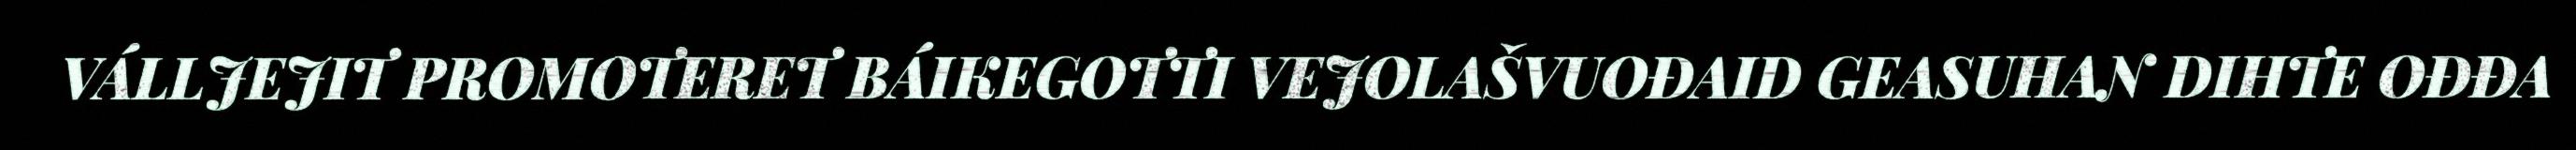
VÁLLJEJIT PROMOTERET BÁIKEGOTTI VEJOLAŠVUOĐAID GEASUHAN DIHTE OĐĐA